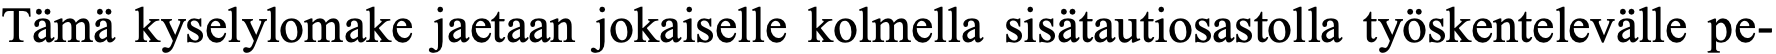
Tämä kyselylomake jaetaan jokaiselle kolmella sisätautiosastolla työskentelevälle pe-